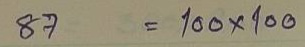
87 = 100x100